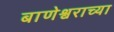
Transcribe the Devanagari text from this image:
बाणेश्वराच्या